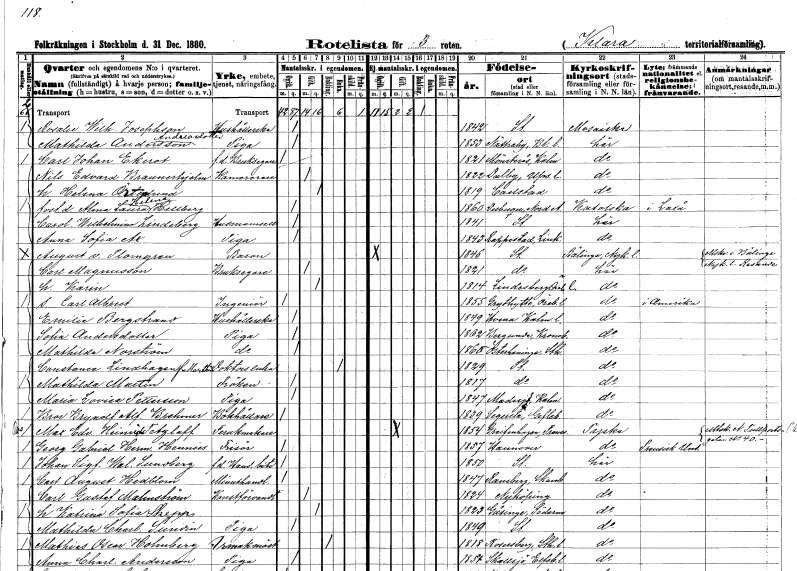
gt_parse: households: individuals: FN: Rosalie Wilhelmina
EN: Josephson
YRKE: Hushållerska
KON: K
CIV: O
FODAR: 1842
FODFORS: Stockholm
FN: Mathilda
EN: Andersson Andreasdotter
YRKE: Piga
KON: K
CIV: O
FODAR: 1853
FODFORS: Nättraby Blekinge län
FN: Carl Johan
EN: Ekerot
YRKE: Bruksägare f.d.
KON: M
CIV: O
FODAR: 1821
FODFORS: Mönsterås Kalmar län
FN: Nils Edvard
EN: Brannerhjelm
YRKE: Kamrerare
KON: M
CIV: G
FODAR: 1822
FODFORS: Dalby Uppsala län
FN: Helena
EN: Örtelund
KON: K
CIV: G
FODAR: 1819
FODFORS: Karlstad Värmlands län
FN: Alma Laura Helena
EN: Hellberg
KON: K
CIV: O
FODAR: 1860
FN: Carolina Wilhelmina
EN: Lindeberg
YRKE: Husmamsell
KON: K
CIV: O
FODAR: 1841
FODFORS: Stockholm
FN: Anna Sofia
EN: Ax
YRKE: Piga
KON: K
CIV: O
FODAR: 1843
FODFORS: Rappestad Östergötlands län
FN: August
EN: v. Plomgren
KON: M
CIV: O
FODAR: 1846
FODFORS: Stockholm
FN: Carl
EN: Magnusson
YRKE: Bruksägare
KON: M
CIV: G
FODAR: 1821
FODFORS: Stockholm
FN: Karin
KON: K
CIV: G
FODAR: 1814
FODFORS: Lindesberg Örebro län
FN: Carl Albrect
YRKE: Ingenjör
KON: M
CIV: O
FODAR: 1855
FODFORS: Grythyttan Örebro län
FN: Emilia
EN: Bergstrand
YRKE: Hushållerska
KON: K
CIV: O
FODAR: 1849
FODFORS: Vena Kalmar län
FN: Sofia
EN: Andersdotter
YRKE: Piga
KON: K
CIV: O
FODAR: 1862
FODFORS: Bergunda Kronobergs län
FN: Mathilda
EN: Norström
YRKE: Piga
KON: K
CIV: O
FODAR: 1860
FODFORS: Österhaninge Stockholms län
FN: Constance
EN: Lindhagen Marthin
YRKE: Doktorsänka
KON: K
CIV: E
FODAR: 1829
FODFORS: Stockholm
FN: Mathilda
EN: Martin
KON: K
CIV: O
FODAR: 1817
FODFORS: Stockholm
FN: Maria Lovisa
EN: Pettersson
YRKE: Piga
KON: K
CIV: O
FODAR: 1847
FODFORS: Madesjö Kalmar län
FN: Bror Brynolf Alfred
EN: Brehmer
YRKE: Bokhållare
KON: M
CIV: O
FODAR: 1839
FODFORS: Segersta Gävleborgs län
FN: Max Edv. Heinrich
EN: Tetzlaff
YRKE: Perukmakare
KON: M
CIV: G
FODAR: 1854
FN: Georg Gabriel Herman
EN: Hennies
YRKE: Frisör
KON: M
CIV: O
FODAR: 1857
FN: Johan Sigfrid Waldemar
EN: Sundberg
YRKE: Handelsbiträde f.d.
KON: M
CIV: O
FODAR: 1850
FODFORS: Stockholm
FN: Carl August
EN: Hedblom
YRKE: Minuthandlare
KON: M
CIV: O
FODAR: 1847
FODFORS: Ransberg Skaraborgs län
FN: Carl Gustaf
EN: Malmström
YRKE: Konstförvandt
KON: M
CIV: G
FODAR: 1824
FODFORS: Nyköping Södermanlands län
FN: Katrina Sofia
EN: Skepp
KON: K
CIV: G
FODAR: 1823
FODFORS: Gåsinge Södermanlands län
FN: Mathilda Charlotta
EN: Sundin
YRKE: Piga
KON: K
CIV: O
FODAR: 1849
FODFORS: Stockholm
FN: Mathias Oscar
EN: Holmberg
YRKE: Urmakarmästare
KON: M
CIV: E
FODAR: 1818
FODFORS: Norrsunda Stockholms län
FN: Anna Charlotta
EN: Andersson
YRKE: Piga
KON: K
CIV: O
FODAR: 1857
FODFORS: Skallsjö Älvsborgs län